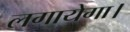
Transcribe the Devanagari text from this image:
लगायेगा।